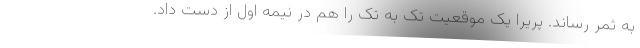
به ثمر رساند. پریرا یک موقعیت تک به تک را هم در نیمه اول از دست داد.